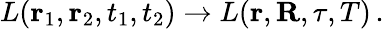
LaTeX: L(\mathbf{r}_{1},\mathbf{r}_{2},t_{1},t_{2})\rightarrow L(\mathbf{r},\mathbf{R},\tau,T)\, .